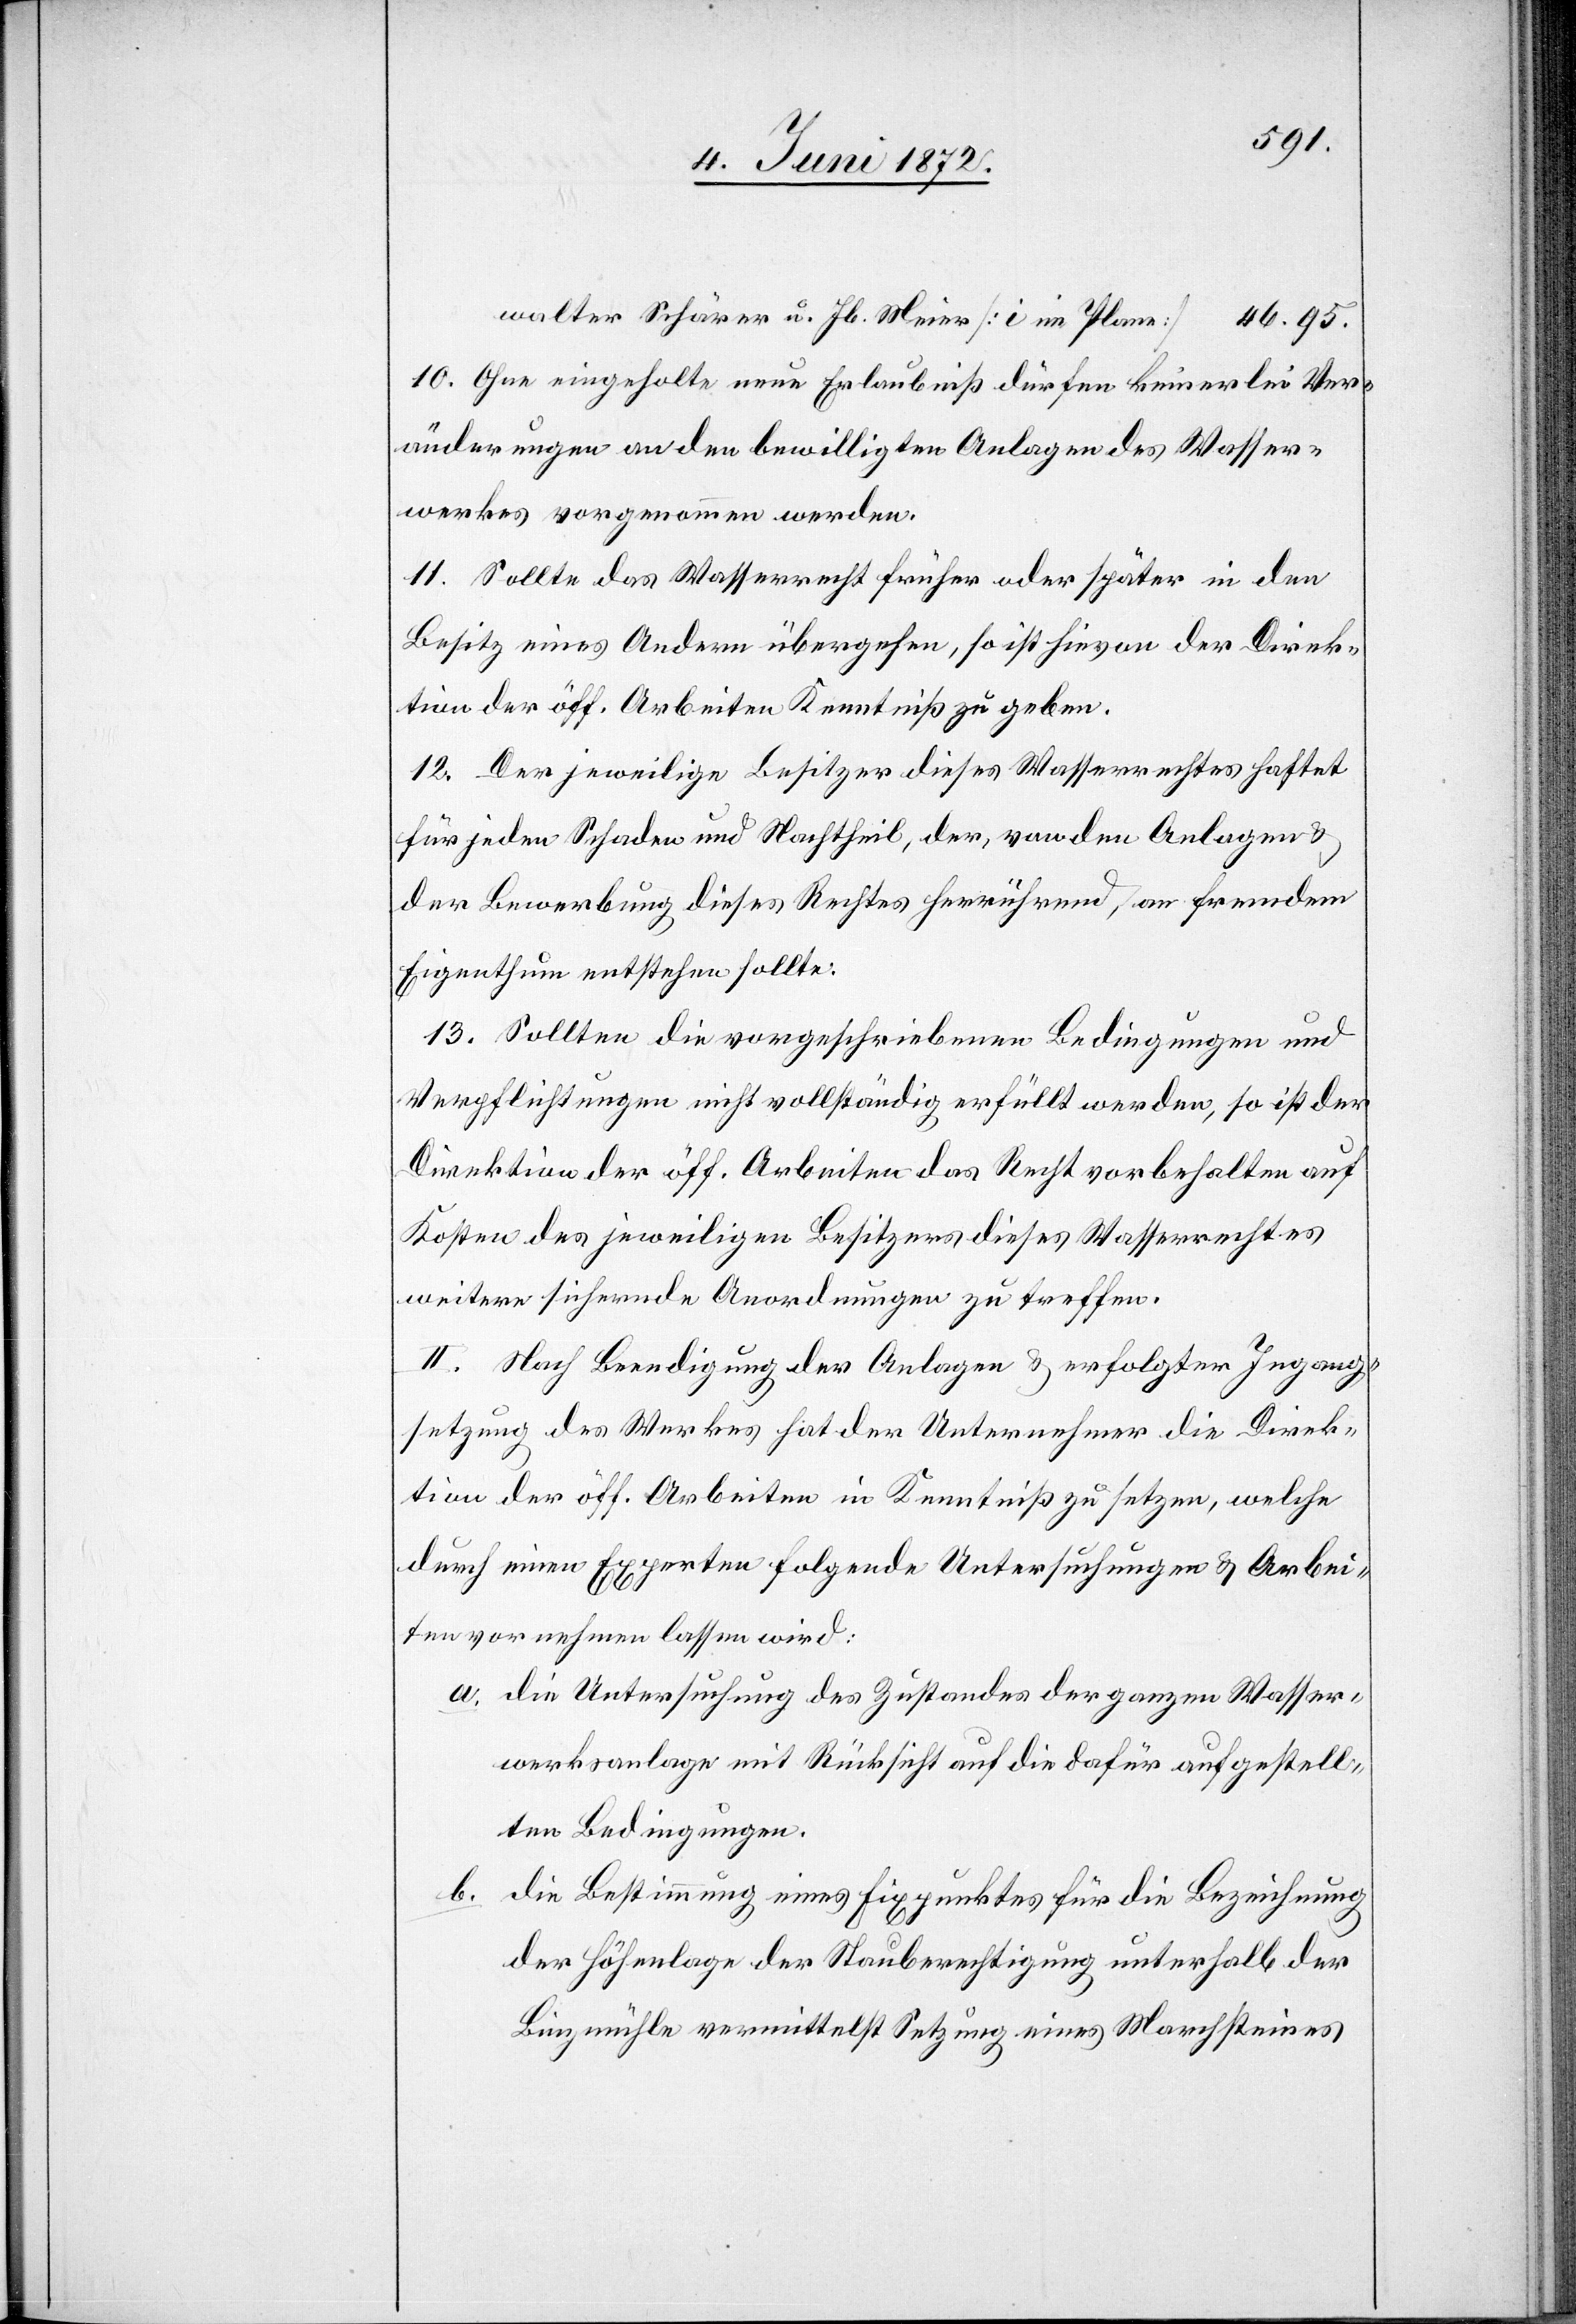
walter Schärer u. Jb. Meier [i im Plane]
10. Ohne eingeholte neue Erlaubniß dürfen keinerlei Ver¬
änderungen an den bewilligten Anlagen des Wasser¬
werkes vorgenommen werden.
11. Sollte das Wasserrecht früher oder später in den
Besitz eines Andern übergehen, so ist hievon der Direk¬
tion der öff. Arbeiten Kenntniß zu geben.
12. Der jeweilige Besitzer dieses Wasserrechtes haftet
für jeden Schaden und Nachtheil, der, von den Anlagen u.
der Bewerbung dieses Rechtes herrührend, an fremdem
Eigenthum entstehen sollte.
13. Sollten die vorgeschriebenen Bedingungen und
Verpflichtungen nicht vollständig erfüllt werden, so ist der
Direktion der öff. Arbeiten das Recht vorbehalten auf
Kosten des jeweiligen Besitzers dieses Wasserrechtes
weitere sichernde Anordnungen zu treffen.
II. Nach Beendigung der Anlagen u. erfolgter Ingang¬
setzung des Werkes hat der Unternehmer die Direk¬
tion der öff. Arbeiten in Kenntniß zu setzen, welche
durch einen Experten folgende Untersuchungen u. Arbeiten
a. die Untersuchung des Zustandes der ganzen Wasser¬
werkanlage mit Rücksicht auf die dafür aufgestell¬
ten Bedingungen.
b. die Bestimmung eines Fixpunktes für die Bezeichnung
der Höhenlage der Stauberechtigung unterhalb der
Binzmühle vermittelst Setzung eines Marchsteines